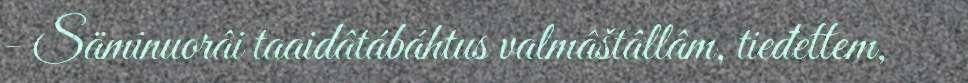
- Säminuorâi taaidâtábáhtus valmâštâllâm, tieđettem,